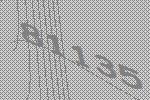
81135